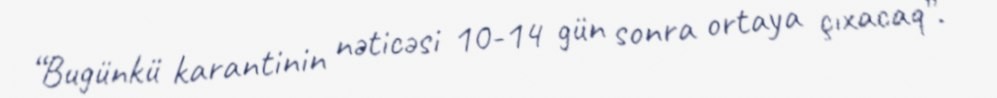
“Bugünkü karantinin nəticəsi 10-14 gün sonra ortaya çıxacaq”.